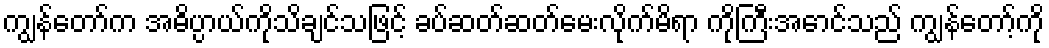
ကျွန်တော်က အဓိပ္ပာယ်ကိုသိချင်သဖြင့် ခပ်ဆတ်ဆတ်မေးလိုက်မိရာ ကိုကြီးအောင်သည် ကျွန်တော့်ကို